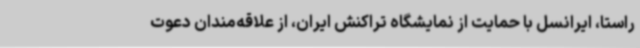
راستا، ایرانسل با حمایت از نمایشگاه تراکنش ایران، از علاقه‌مندان دعوت